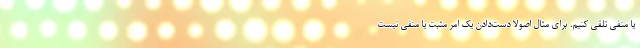
یا منفی تلقی کنیم. برای مثال اصولا دست‌دادن یک امر مثبت یا منفی نیست